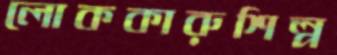
লোককারুশিল্প